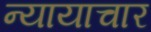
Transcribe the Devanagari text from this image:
न्यायाचार